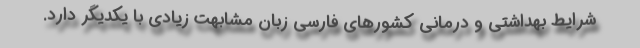
شرایط بهداشتی و درمانی کشورهای فارسی زبان مشابهت زیادی با یکدیگر دارد.